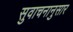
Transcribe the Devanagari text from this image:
सुवाचनानुसार